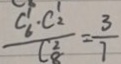
\frac { C _ { 6 } ^ { 1 } \cdot C _ { 2 } ^ { 1 } } { C _ { 8 } ^ { 2 } } = \frac { 3 } { 7 }